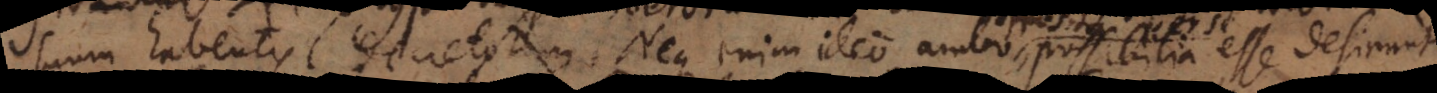
suum habentis decretorum. Neque enim ideo ambo possibilia esse desinu